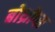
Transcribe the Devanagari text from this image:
बोथ्रोप्स